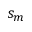
s _ { m }